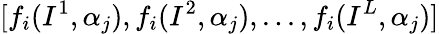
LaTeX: [f_{i}(I^{1},\alpha_{j}),f_{i}(I^{2},\alpha_{j}),...,f_{i}(I^{L},\alpha_{j})]